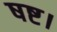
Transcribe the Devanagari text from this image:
षष्ट।